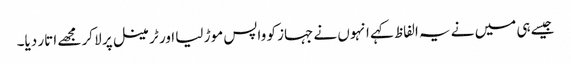
جیسے ہی میں نے یہ الفاظ کہے انہوں نے جہاز کو واپس موڑ لیا اور ٹرمینل پر لا کر مجھے اتار دیا۔